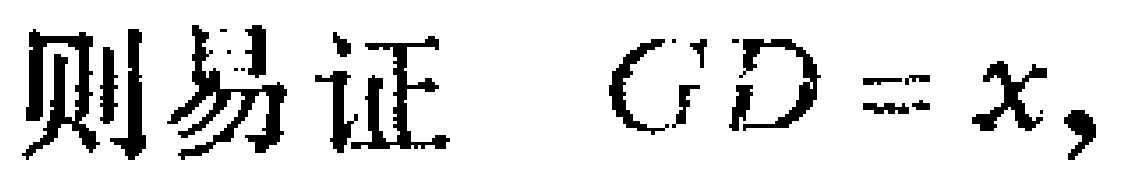
则易证 \(GD = x,\)